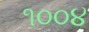
૧૦૦૪